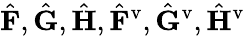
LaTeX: \hat{\mathbf{F}},\hat{\mathbf{G}},\hat{\mathbf{H}},\hat{\mathbf{F}}^{\mathrm{v}},\hat{\mathbf{G}}^{\mathrm{v}},\hat{\mathbf{H}}^{\mathrm{v}}